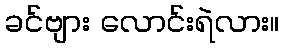
ခင်ဗျား လောင်းရဲလား။